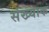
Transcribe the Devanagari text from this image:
संख्याक